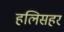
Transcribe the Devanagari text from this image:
हलिसहर